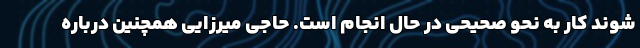
شوند کار به نحو صحیحی در حال انجام است. حاجی میرزایی همچنین درباره